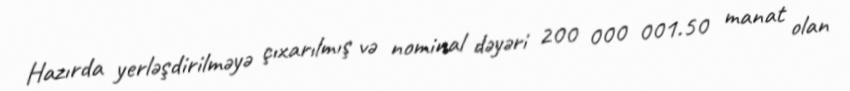
Hazırda yerləşdirilməyə çıxarılmış və nominal dəyəri 200 000 001.50 manat olan